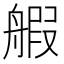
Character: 𫇝